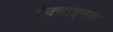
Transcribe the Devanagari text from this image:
ऐक्वाइनस